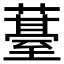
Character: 𮑢